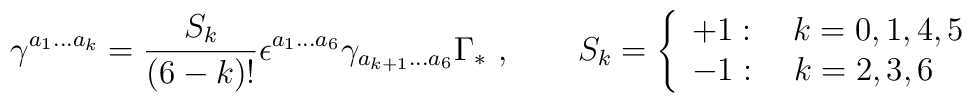
\gamma^{a_1\ldots a_k}=\frac{S_k}{(6-k)!}\epsilon^{a_1\ldots a_6}\gamma_{a_{k+1}\ldots a_6}\Gamma_*\ ,  \qquad S_k=\left\{\begin{array}{l}+1:\quad k=0,1,4,5\\-1:\quad k=2,3,6\end{array}     \right.